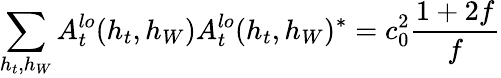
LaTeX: \sum_{h_{t},h_{W}}A_{t}^{lo}(h_{t},h_{W})A_{t}^{lo}(h_{t},h_{W})^{\ast}=c_{0}^{2}{\frac{1+2f}{f}}